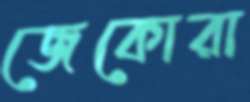
জেকোরা